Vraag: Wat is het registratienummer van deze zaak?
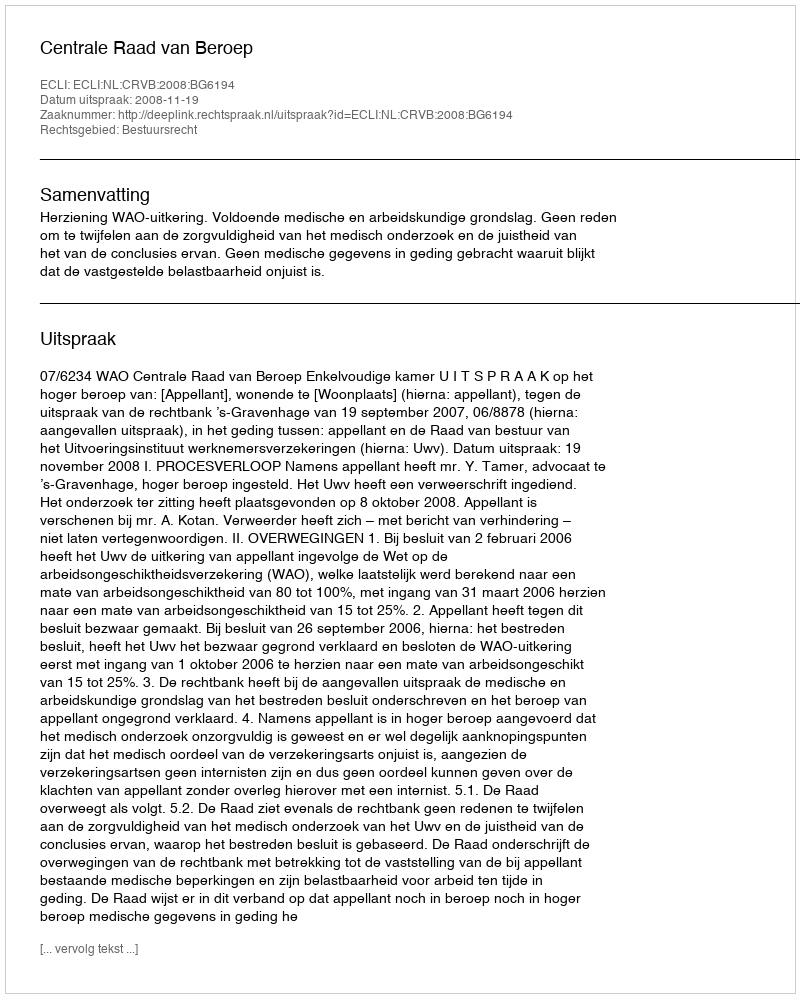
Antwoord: http://deeplink.rechtspraak.nl/uitspraak?id=ECLI:NL:CRVB:2008:BG6194